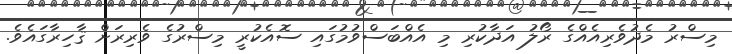
މިސްރު މެދުވެރިއެއްގެ ރޯލު އަދާކުރި މި އެއްބަސްވުމުގައި ސޮއެކުރީ މިސްރުގެ ވެރިރަށް ޤާހިރާގައެވެ.